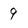
Character: 9